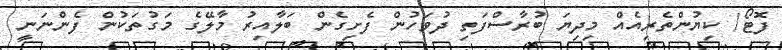
ފޮޓޯ/ ކިޔުންތެރިއެއް މިދިޔަ ބުރާސްފަތި ދުވަހުން ފެށިގެން ބަލާއިރު މާލޭގެ މަގުތަކުން ފެންނަނީ